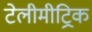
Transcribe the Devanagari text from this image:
टेलीमीट्रिक